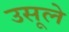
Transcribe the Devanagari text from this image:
उसूले